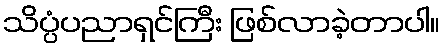
သိပ္ပံပညာရှင်ကြီး ဖြစ်လာခဲ့တာပါ။